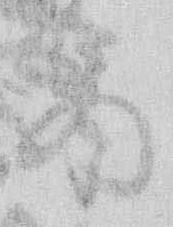
紙